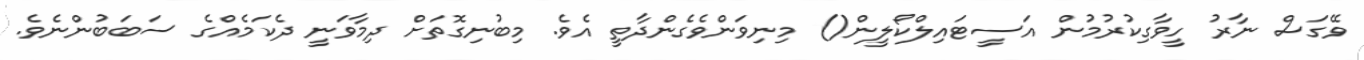
ވޭގަސް ނާރު ހީވާގިކުރުމުން އަސީޓައިލްކޯލީން() މިނިވަންވެގެންދާތީ އެވެ. މިބުނިގޮތަށް ދިމާވަނީ ދެކަމެއްގެ ސަބަބުންނެވެ.